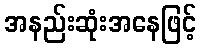
အနည်းဆုံးအနေဖြင့်